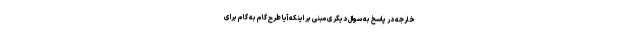
خارجه در پاسخ به سوال دیگری مبنی بر اینکه آیا طرح گام به گام برای